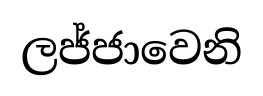
ලජ්ජාවෙනි